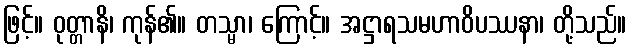
ဖြင့်။ ဝုတ္တာနိ၊ ကုန်၏။ တသ္မာ၊ ကြောင့်။ အဋ္ဌာရသမဟာဝိပဿနာ၊ တို့သည်။